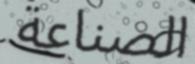
الصناعة